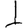
Digit: 1